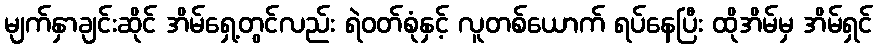
မျက်နှာချင်းဆိုင် အိမ်ရှေ့တွင်လည်း ရဲဝတ်စုံနှင့် လူတစ်ယောက် ရပ်နေပြီး ထိုအိမ်မှ အိမ်ရှင်